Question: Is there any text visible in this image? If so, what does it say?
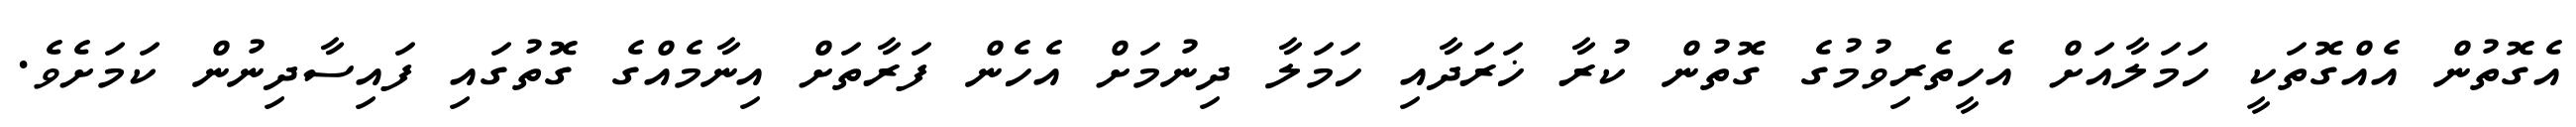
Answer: އެގޮތުން އެއްގޮތަކީ ހަމަލާއަށް އެހީތެރިވުމުގެ ގޮތުން ކުރާ ޚަރަދާއި ހަމަލާ ދިނުމަށް އެހެން ފަރާތަށް އިނާމެއްގެ ގޮތުގައި ފައިސާދިނުން ކަމަށެވެ.